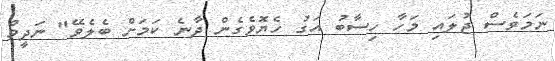
ނަމަވެސް ޖުލައި މަހާ ހިސާބު އަގު ހެޔޮވެގެން ދާނެ ކަމަށް ބެލެވޭ" ނަދީމް